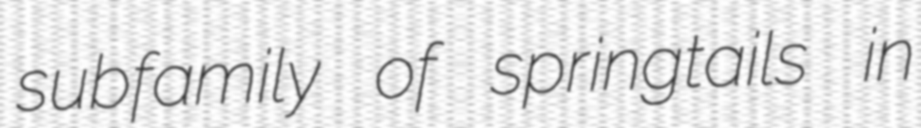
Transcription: subfamily of springtails in